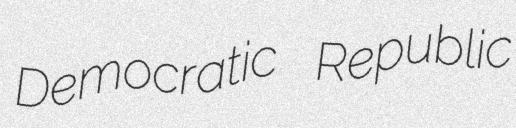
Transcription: Democratic Republic